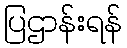
ပြဌာန်းရန်